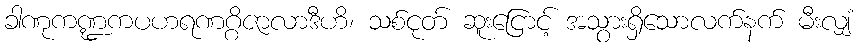
ခါဏုကဏ္ဍကပဟရဏဂ္ဂိဇာလာဒီဟိ၊ သစ်ငုတ် ဆူးငြောင့် အသွားရှိသောလက်နက် မီးလျှံ